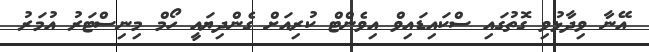
އޭނާ ވިދާޅުވި ގޮތުގައި ސްކައިޑައިވް އިވެންޓް ކުރިއަށް ގެންދިޔައީ ހޯމް މިނިސްޓަރު އުމަރު